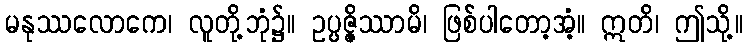
မနုဿလောကေ၊ လူတို့ဘုံ၌။ ဥပ္ပဇ္ဇိဿာမိ၊ ဖြစ်ပါတော့အံ့။ ဣတိ၊ ဤသို့။